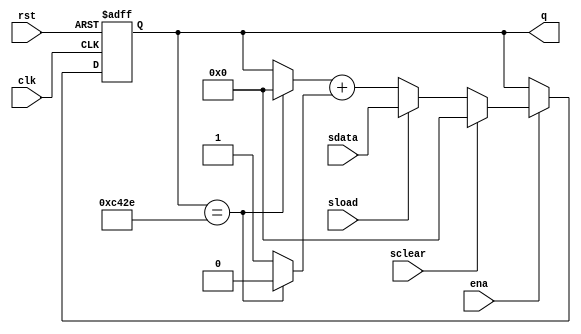
module cntr_modulus (clk,ena,rst,sload,sdata,sclear,q);

parameter WIDTH = 16;
parameter MOD_VAL = 50223;

input clk,ena,rst,sload,sclear;
input [WIDTH-1:0] sdata;

output [WIDTH-1:0] q;
reg [WIDTH-1:0] q;

wire maxed = (q == MOD_VAL-1) /* synthesis keep */;

always @(posedge clk or posedge rst) begin
	if (rst) q <= 0;
	else begin
		if (ena) begin
			if (sclear) q <= 0;
			else if (sload) q <= sdata;
			else q <= (maxed ? 0 : q) + (maxed ? 0 : 1'b1);
		end
	end
end

endmodule